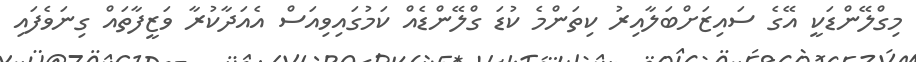
މިގްލޭންޑަކީ އޭގެ ސައިޒަށްބަލާއިރު ކިތަންމެ ކުޑަ ގްލޭންޑެއް ކަމުގައިވިއަސް އެއަދާކުރާ ވަޒީފާތައް ގިނަވެފައި